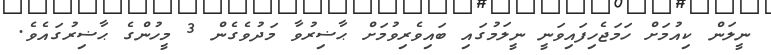
ނީލަން ކިއުމަށް ހަމަޖެހިފައިވަނީ ނީލަމުގައި ބައިވެރިވުމަށް ޙާޟިރުވާ މަދުވެގެން 3 މީހުންގެ ޙާޟިރުގައެވެ.